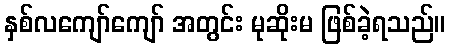
နှစ်လကျော်ကျော် အတွင်း မုဆိုးမ ဖြစ်ခဲ့ရသည်။